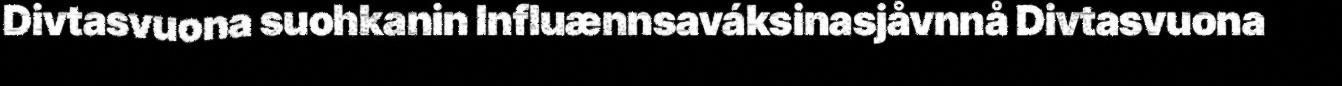
Divtasvuona suohkanin Influænnsaváksinasjåvnnå Divtasvuona